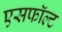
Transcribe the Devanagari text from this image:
एसफॉल्ट